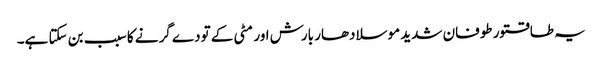
یہ طاقتور طوفان شدید موسلادھار بارش اور مٹی کے تودے گرنے کا سبب بن سکتا ہے۔